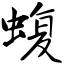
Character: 蝮